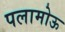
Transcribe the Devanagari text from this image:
पलामोऊ